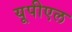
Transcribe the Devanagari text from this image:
यूपीएल